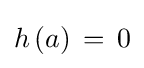
\textstyle h\left(a\right)\,=\,0